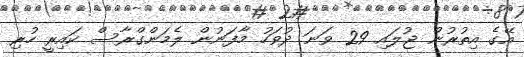
އޭގެ އިތުރުން ޖުލައި 29 ވަނަ ދުވަހު މާފަނުން ލެމަންގްރާސް ކައިރީ ހުރި